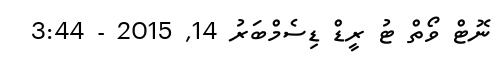
ނޮޓް ވޯތް ޓު ރީޑް ޑިސެމްބަރު 14